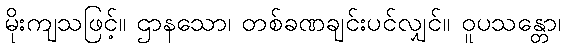
မိုးကျသဖြင့်။ ဌာနသော၊ တစ်ခဏချင်းပင်လျှင်။ ဝူပသန္တော၊